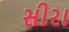
સીરા